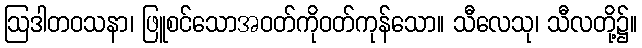
ဩဒါတဝသနာ၊ ဖြူစင်သောအဝတ်ကိုဝတ်ကုန်သော။ သီလေသု၊ သီလတို့၌။